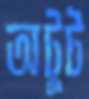
অটুট